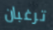
ترغبان